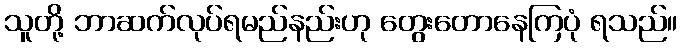
သူတို့ ဘာဆက်လုပ်ရမည်နည်းဟု တွေးတောနေကြပုံ ရသည်။